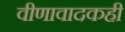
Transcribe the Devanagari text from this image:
वीणावादकही